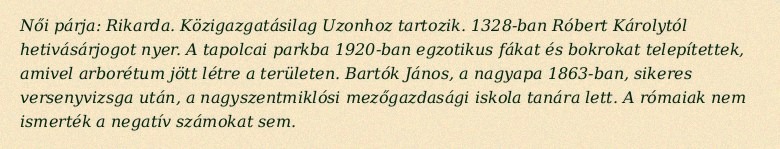
Női párja: Rikarda. Közigazgatásilag Uzonhoz tartozik. 1328-ban Róbert Károlytól hetivásárjogot nyer. A tapolcai parkba 1920-ban egzotikus fákat és bokrokat telepítettek, amivel arborétum jött létre a területen. Bartók János, a nagyapa 1863-ban, sikeres versenyvizsga után, a nagyszentmiklósi mezőgazdasági iskola tanára lett. A rómaiak nem ismerték a negatív számokat sem.